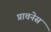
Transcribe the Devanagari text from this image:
प्राचनेस